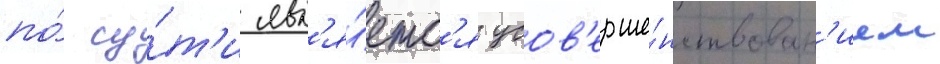
по́ су́т'и явл'я́етс'я усов'ерше́нствован'ием